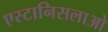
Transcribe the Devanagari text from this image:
एस्टानिसलाओ